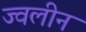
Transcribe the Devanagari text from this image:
ज्वलीन